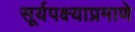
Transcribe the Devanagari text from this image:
सूर्यपक्ष्याप्रमाणे